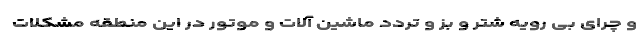
و چرای بی رویه شتر و بز و تردد ماشین آلات و موتور در این منطقه مشکلات